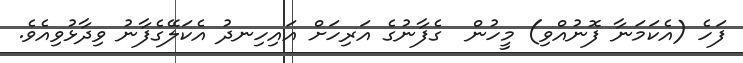
ފަހެ (އެކަމަނާ ފޮނުއްވި) މީހުން  ގެފާނުގެ އަރިހަށް އައިހިނދު އެކަލޭގެފާނު ވިދާޅުވިއެވެ.